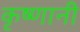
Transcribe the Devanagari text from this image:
कृष्णानी